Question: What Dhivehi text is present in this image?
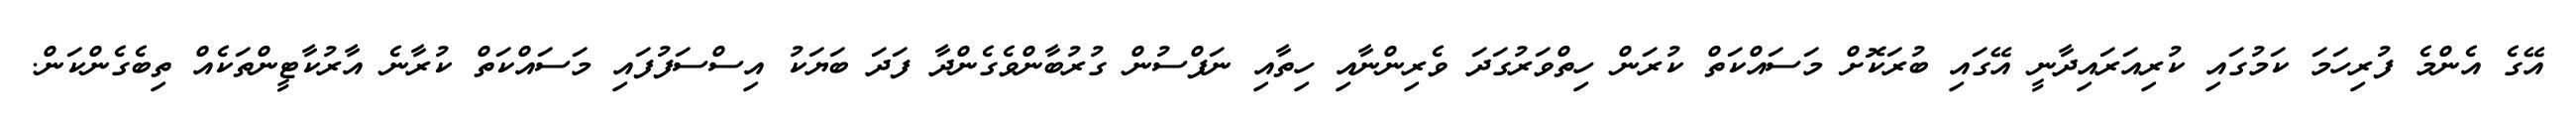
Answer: އޭގެ އެންމެ ފުރިހަމަ ކަމުގައި ކުރިއަރައިދާނީ އޭގައި ބުރަކޮށް މަސައްކަތް ކުރަން ހިތްވަރުގަދަ ވެރިންނާއި ހިތާއި ނަފްސުން ގުރުބާންވެގެންދާ ފަދަ ބަޔަކު އިސްސަފުފައި މަސައްކަތް ކުރާނެ އާރުކާޓީންތަކެއް ތިބެގެންކަން.